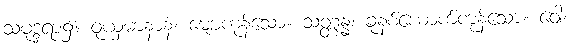
သမုဒ္ဒရာ၌။ ဝုယှမာနာနံ၊ မျောကုန်သော။ သတ္တန္နံ၊ ခုနစ်ယောက်ကုန်သော။ ဝေါ၊